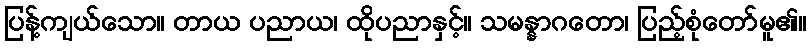
ပြန့်ကျယ်သော။ တာယ ပညာယ၊ ထိုပညာနှင့်။ သမန္နာဂတော၊ ပြည့်စုံတော်မူ၏။